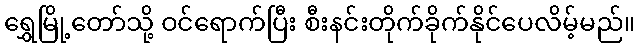
ရွှေမြို့တော်သို့ ဝင်ရောက်ပြီး စီးနင်းတိုက်ခိုက်နိုင်ပေလိမ့်မည်။